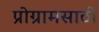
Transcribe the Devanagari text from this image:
प्रोग्रामसाठी